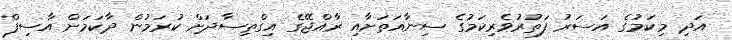
އަދި މިކަމުގެ އަސަރު ފަތުރުވެރިކަމުގެ ސިނާއަތަށާއި ރާއްޖޭގެ އިގްތިސާދަށް ކުރަމުން ދާކަމަށް އާސިފް